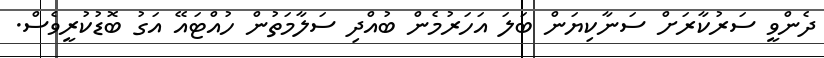
ދެންވީ ސަރުކާރަށް ސަނާކިޔަން ބަލަ އަހަރުމެން ބުއްދި ސަލާމަތުން ހުއްޓައޭ އަގު ބޮޑުކުރީވެސް.